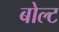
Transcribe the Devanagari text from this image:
बोल्‍ट